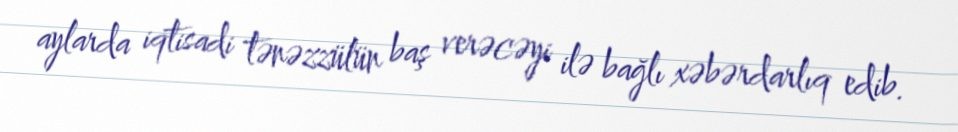
aylarda iqtisadi tənəzzülün baş verəcəyi ilə bağlı xəbərdarlıq edib.